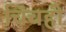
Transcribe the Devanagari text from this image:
चिंचही